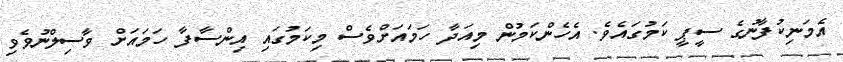
އެމަނިކުފާނުގެ ސީޕީ ކަމުގައެވެ. އެހެންކަމުން މިއަދާ ހަމައަށްވެސް މިކަމުގައި އިންސާފާ ހަމައަށް ވާސިލްނުވެވި